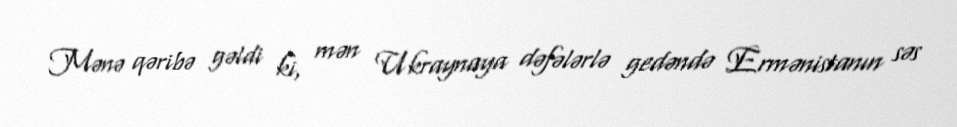
Mənə qəribə gəldi ki, mən Ukraynaya dəfələrlə gedəndə Ermənistanın səs